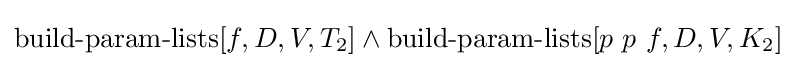
\operatorname {build-param-lists} [f,D,V,T_{2}]\land \operatorname {build-param-lists} [p\ p\ f,D,V,K_{2}]